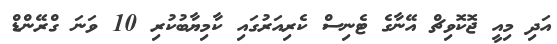
އަދި މިއީ ޖޮކޮވިޗް އޭނާގެ ޓެނިސް ކެރިއަރުގައި ކާމިޔާބުކުރި 10 ވަނަ ގްރޭންޑް